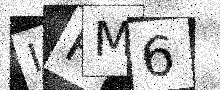
Text: IRM6